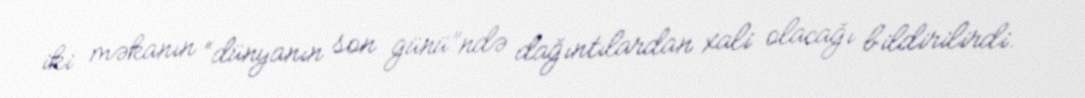
iki məkanın “dünyanın son günü”ndə dağıntılardan xali olacağı bildirilirdi.